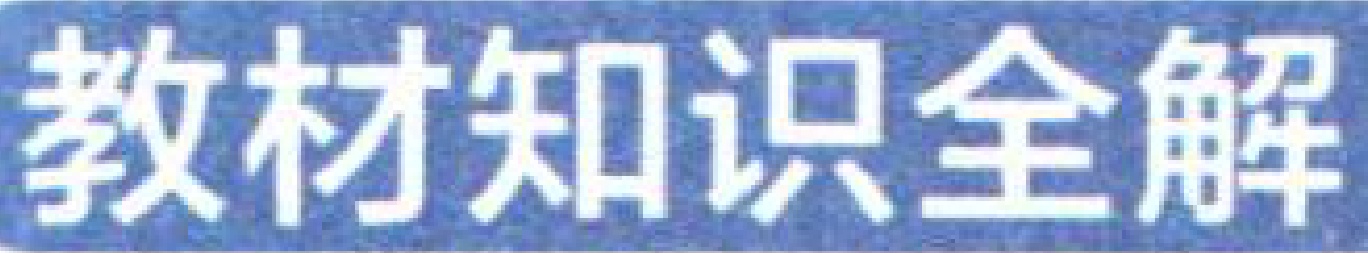
教材知识全解